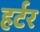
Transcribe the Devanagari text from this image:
हर्टर